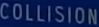
COLLISION